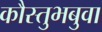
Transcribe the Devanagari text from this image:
कौस्तुभबुवा